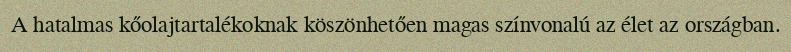
A hatalmas kőolajtartalékoknak köszönhetően magas színvonalú az élet az országban.